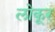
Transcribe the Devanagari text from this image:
लोकूर